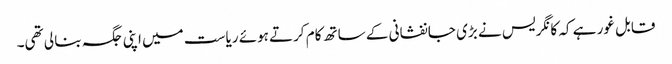
قابل غور ہے کہ کانگریس نے بڑی جانفشانی کے ساتھ کام کرتے ہوئے ریاست میں اپنی جگہ بنا لی تھی۔